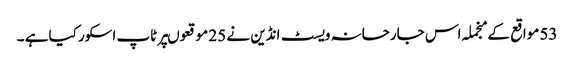
53 مواقع کے منجملہ اس جارحانہ ویسٹ انڈین نے 25 موقعوںپر ٹاپ اسکور کیاہے ۔